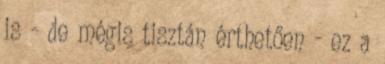
is - de mégis tisztán érthetően - ez a